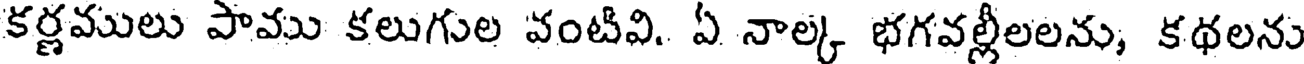
కర్ణములు పాము కలుగుల వంటివి. ఏ నాల్క భగవల్లీలలను, కథలను